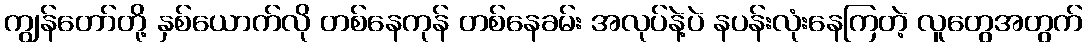
ကျွန်တော်တို့ နှစ်ယောက်လို တစ်နေကုန် တစ်နေခမ်း အလုပ်နဲ့ပဲ နပန်းလုံးနေကြတဲ့ လူတွေအတွက်